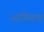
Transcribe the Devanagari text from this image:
आस्त्तियां